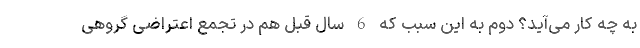
به چه کار می‌آید؟ دوم به این سبب که 6 سال قبل هم در تجمع اعتراضی گروهی